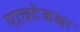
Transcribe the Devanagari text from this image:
पाचटेकड्या